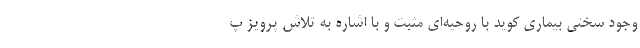
وجود سختی بیماری کوید با روحیه‌ای مثبت و با اشاره به تلاش پرویز پ